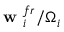
\textbf { w } _ { i } ^ { f r } / \Omega _ { i }